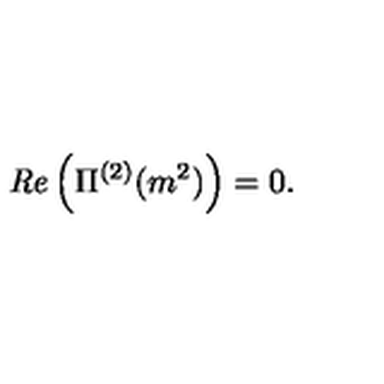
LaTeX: { \it R e } \left( \Pi ^ { ( 2 ) } ( m ^ { 2 } ) \right) = 0 .